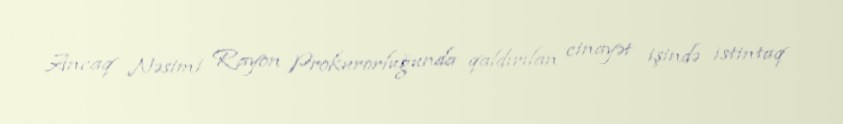
Ancaq Nəsimi Rayon Prokurorluğunda qaldırılan cinayət işində istintaq